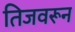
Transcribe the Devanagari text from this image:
तिजवरून